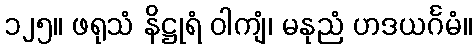
၁၂၅။ ဖရုသံ နိဋ္ဌုရံ ဝါကျံ၊ မနုညံ ဟဒယင်္ဂမံ။